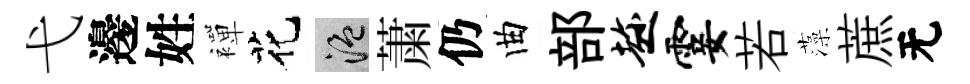
弋邊姓襌花温䔥仍曲部趁霎若藻蔗无